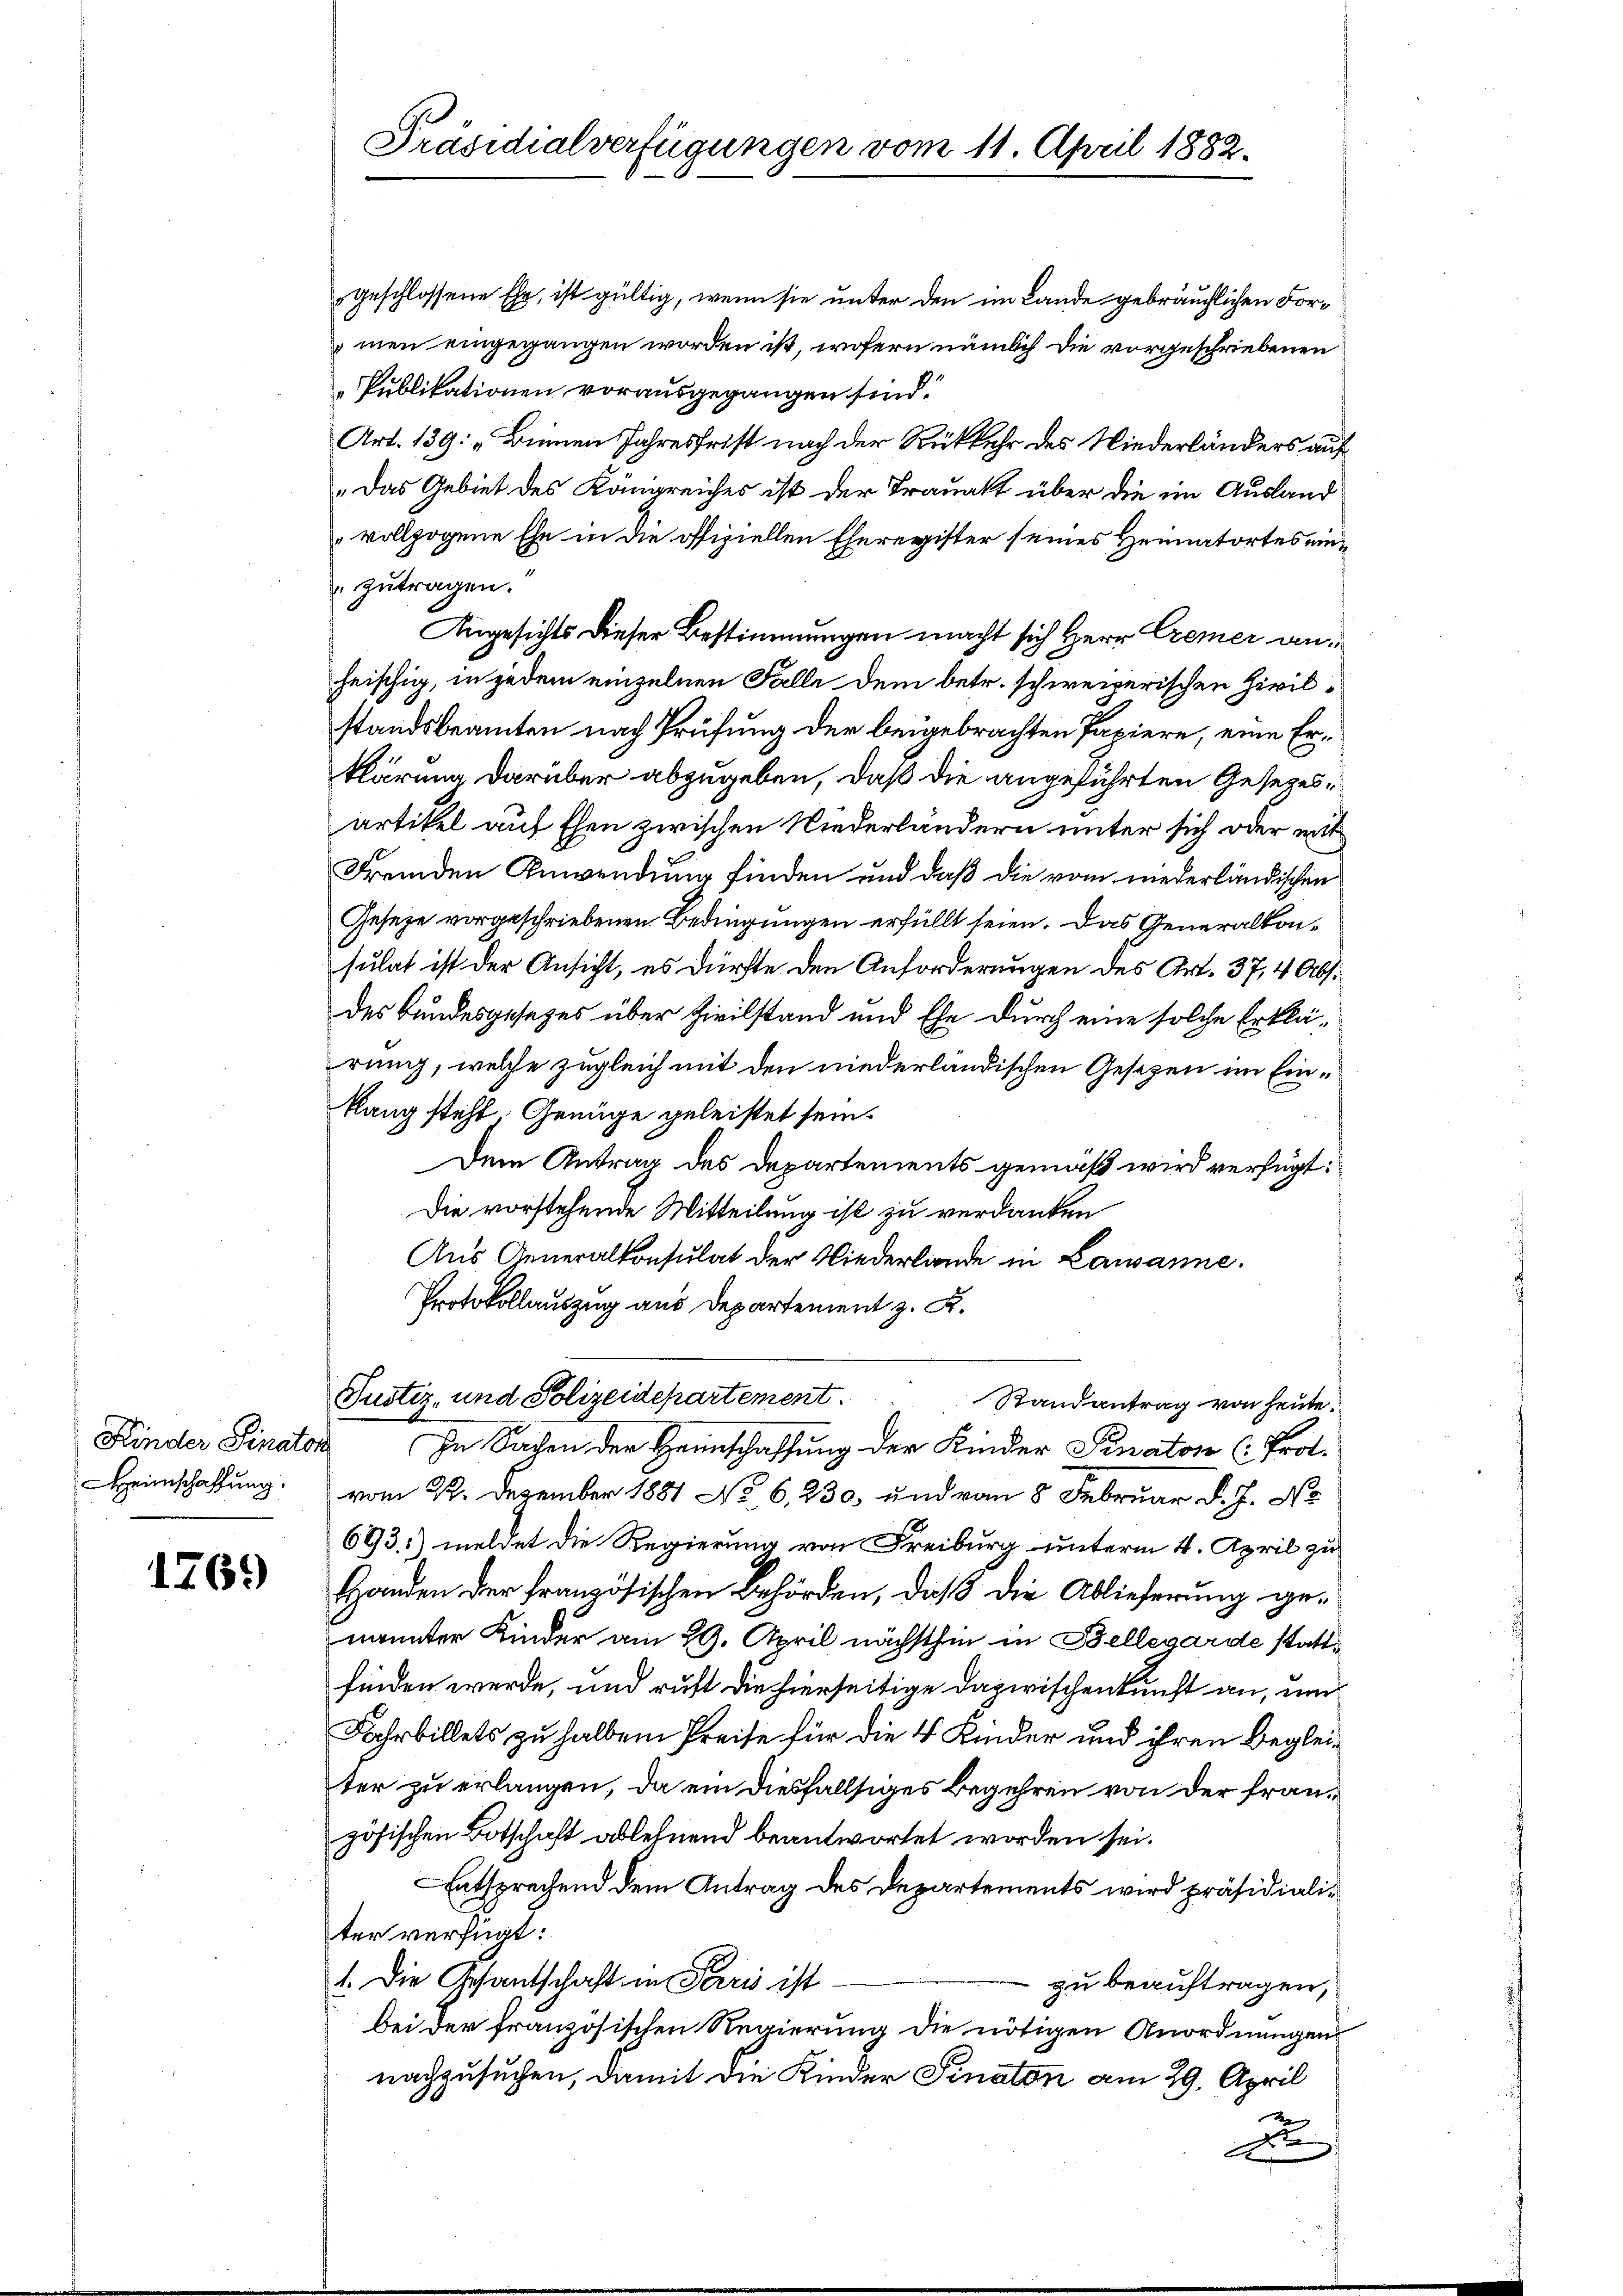
Kinder Finator
Heimschaffung.

1769

geschlossene Ehe, ist gültig, wenn sie unter den im Lande gebräuchlichen Formen eingegangen worden ist, wofern nämlich die vorgeschriebenen
Publikationen vorausgegangen sind.
Art. 139: „Binnen Jahresfrist nach der Rückkehr des Niederländers auf
„Das Gebiet des Königreiches ist der Trauakt über die im Ausland
vollzogene Ehe in die offiziellen Eheregister seines Heimatortes einzutragen.
Angesichts dieser Bestimmungen macht sich Herr Cremer anheischig, in jedem einzelnen Falle dem betr. schweizerischen Zivilstandsbeamten nach Prüfung der beigebrachten Papiere, eine Erklärung darüber abzugeben, daß die angeführten Gesezesartikel auf Ehen zwischen Niederlandern unter sich oder mit
Fremden Anwendung finden und daß die vom niederländischen
Gesetze vorgeschriebenen Bedingungen erfüllt seien. Das Generalkonsulat ist der Ansicht, es dürfte den Anforderungen des Art. 37, 4 Abs.
des Bundesgesezes über Zivilstand und Ehe durch eine solche Erklärung, welche zugleich mit den niederländischen Gesezen im Ein¬
Rang steht Genüge geleistet sein.
Dem Antrag des Departements gemäß wird verfügt:
Die vorstehende Mitteilung ist zu verdanken
Aus Generalkonsulat der Niederlande in Lausanne.
Protokollauszug aus Departement z. B.
Justiz- und Polizeidepartement.
Randantrag von heute.
In Sachen der Heimschaffung der Kinder Senator (Prot.
vom 22. Dezember 1881 No. 6. 230, und von 5 Februar d. J. No
693) meldet die Regierung von Freiburg unterm 4. April zu
Handen der Französischen Behörden, daß die Ablieferung genannter Kinder am 29. April nächsthin in Bellegarde stattfinden werde, und ruht die hierseitige Dazwischenkunft an, um
Fahrbillets zu halben Preise für die 4 Kinder und ihren Begleiter zu erlangen, da ein diesfallsiges Begehren von der französischen Botschaft ablehnend beantwortet worden sei.
Entsprechend dem Antrag des Departements wird präsidialiter verfügt:
1. Die Gesantschaft in Paris ist
 zu beauftragen,
bei der französischen Regierung die nötigen Anordnungen
nachzusuchen, damit die Kinder Finaton am 29. April
g
d

Präsidialverfügungen vom 11. April 1882.